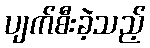
ပျက်စီးခဲ့သည့်